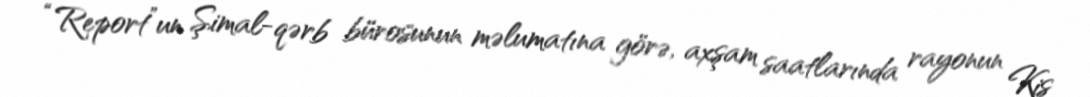
“Report”un Şimal-qərb bürosunun məlumatına görə, axşam saatlarında rayonun Kiş